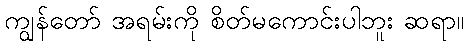
ကျွန်တော် အရမ်းကို စိတ်မကောင်းပါဘူး ဆရာ။